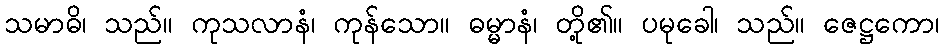
သမာဓိ၊ သည်။ ကုသလာနံ၊ ကုန်သော။ ဓမ္မာနံ၊ တို့၏။ ပမုခေါ၊ သည်။ ဇေဋ္ဌကော၊